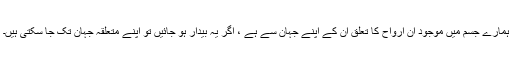
ہمارے جسم میں موجود ان ارواح کا تعلق ان کے اپنے جہان سے ہے ، اگر یہ بیدار ہو جائیں تو اپنے متعلقہ جہان تک جا سکتی ہیں۔